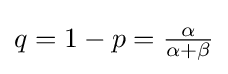
q=1-p={\tfrac {\alpha }{\alpha +\beta }}